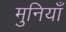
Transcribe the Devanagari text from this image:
मुनियाँ